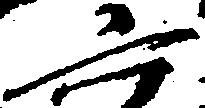
六